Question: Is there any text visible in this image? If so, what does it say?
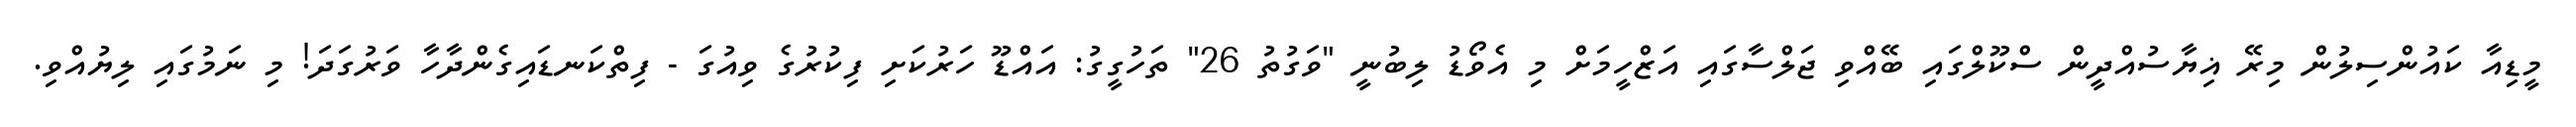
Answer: މީޑިއާ ކައުންސިލުން މިރޭ ޣިޔާސުއްދީން ސްކޫލްގައި ބޭއްވި ޖަލްސާގައި އަޒްހީމަށް މި އެވޯޑު ލިބުނީ "ވަގުތު 26" ތަހުގީގު: އައްޑޫ ހަރުކަށި ފިކުރުގެ ވިއުގަ - ފިތްކަނޑައިގެންދާހާ ވަރުގަދަ! މި ނަމުގައި ލިޔުއްވި.